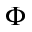
\Phi